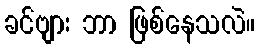
ခင်ဗျား ဘာ ဖြစ်နေသလဲ။